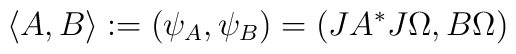
\langle A,B\rangle := (\psi_A,\psi_B) = (JA^*J\Omega,B\Omega)